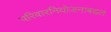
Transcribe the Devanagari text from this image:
परिवारनियोजनाबद्दल